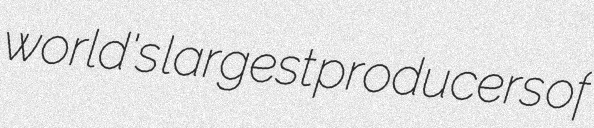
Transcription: world's largest producers of